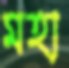
মহা